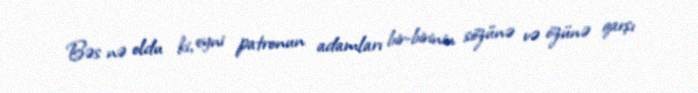
Bəs nə oldu ki, eyni patronun adamları bir-birinin sözünə və özünə qarşı